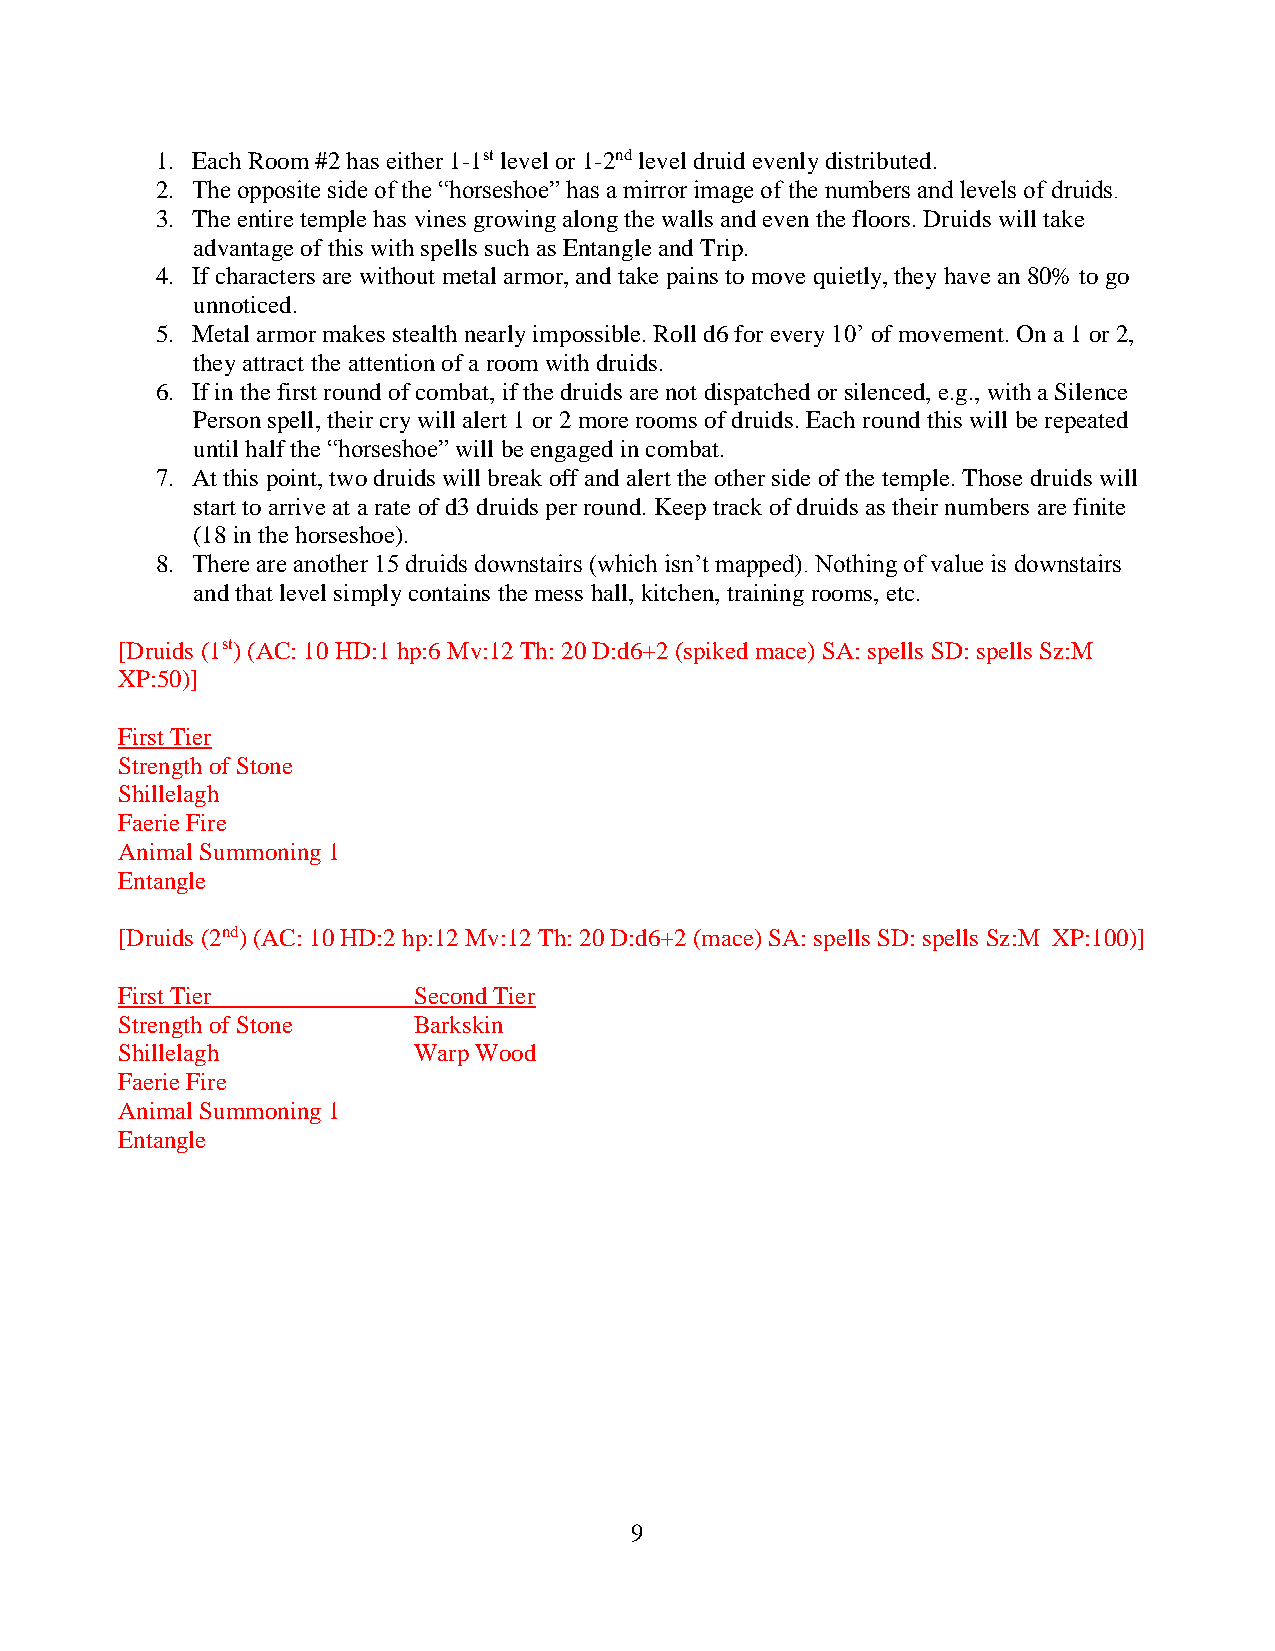
1. Each Room #2 has either 1-1st level or 1-2nd level druid evenly distributed.
 2. The opposite side of the “horseshoe” has a mirror image of the numbers and levels of druids.
 3. The entire temple has vines growing along the walls and even the floors. Druids will take
 advantage of this with spells such as Entangle and Trip.
 4. If characters are without metal armor, and take pains to move quietly, they have an 80% to go
 unnoticed.
 5. Metal armor makes stealth nearly impossible. Roll d6 for every 10’ of movement. On a 1 or 2,
 they attract the attention of a room with druids.
 6. If in the first round of combat, if the druids are not dispatched or silenced, e.g., with a Silence
 Person spell, their cry will alert 1 or 2 more rooms of druids. Each round this will be repeated
 until half the “horseshoe” will be engaged in combat.
 7. At this point, two druids will break off and alert the other side of the temple. Those druids will
 start to arrive at a rate of d3 druids per round. Keep track of druids as their numbers are finite
 (18 in the horseshoe).
 8. There are another 15 druids downstairs (which isn’t mapped). Nothing of value is downstairs
 and that level simply contains the mess hall, kitchen, training rooms, etc.
 [Druids (1st) (AC: 10 HD:1 hp:6 Mv:12 Th: 20 D:d6+2 (spiked mace) SA: spells SD: spells Sz:M
 XP:50)]
 First Tier
 Strength of Stone
 Shillelagh
 Faerie Fire
 Animal Summoning 1
 Entangle
 [Druids (2nd) (AC: 10 HD:2 hp:12 Mv:12 Th: 20 D:d6+2 (mace) SA: spells SD: spells Sz:M XP:100)]
 First Tier         Second Tier
 Strength of Stone  Barkskin
 Shillelagh         Warp Wood
 Faerie Fire
 Animal Summoning 1
 Entangle
 9